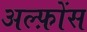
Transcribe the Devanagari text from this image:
अल्फ़ोंस